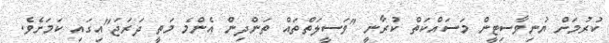
ކުރުމަށް ޔުނިވާސިޓީން މަސައްކަތް ކުރާނީ "ވަސީލަތްތައް ތަންދިން އެންމެ މަތީ ދަރަޖަ"އިގައި ކަމަށެވެ.